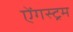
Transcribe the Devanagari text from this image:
ऐंगस्ट्रम